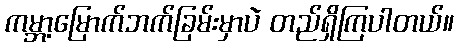
ကမ္ဘာ့မြောက်ဘက်ခြမ်းမှာပဲ တည်ရှိကြပါတယ်။